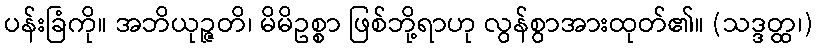
ပန်းခြံကို။ အဘိယုဉ္ဇတိ၊ မိမိဥစ္စာ ဖြစ်ဘို့ရာဟု လွန်စွာအားထုတ်၏။ (သဒ္ဒတ္ထ၊)